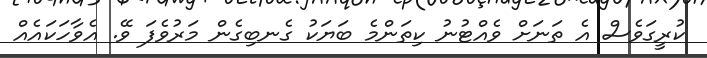
ކުރީގަވެސް އެ ތަނަށް ވެއްޓުނު ކިތަންމެ ބަޔަކު ގެނބިގެން މަރުވެފަ ވޭ. އެވާހަކައެއް